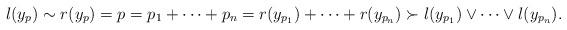
LaTeX: \begin{align*}l(y_p)\sim r(y_p)=p=p_1+\cdots+p_n = r(y_{p_1})+\cdots+r(y_{p_n})\succ l(y_{p_1})\vee\cdots\vee l(y_{p_n}).\end{align*}